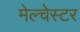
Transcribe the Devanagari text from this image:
मेल्चेस्टर